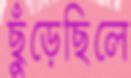
ছুঁড়েছিলে